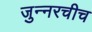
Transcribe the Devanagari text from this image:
जुन्‍नरचीच